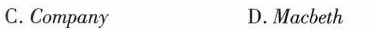
C.Company D.Macbeth